Problem: 7 × 2 = ?
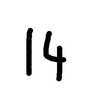
Handwritten answer: 14